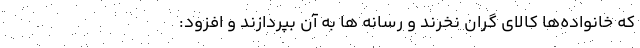
که خانواده‌ها کالای گران نخرند و رسانه ها به آن بپردازند و افزود: